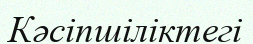
Кәсіпшіліктегі